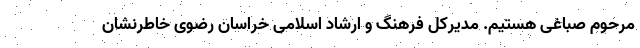
مرحوم صباغی هستیم. مدیرکل فرهنگ و ارشاد اسلامی خراسان رضوی خاطرنشان